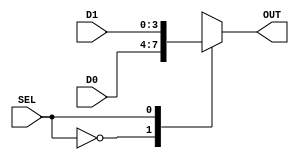
/*------------------------------------------------------------------------
 * Arquivo   : mux2x1_n.v
 * Projeto   : Jogo do Desafio da Memoria
 *------------------------------------------------------------------------
 * Descricao : multiplexador 2x1 com entradas de n bits (parametrizado) 
 * 
 * adaptado a partir do codigo my_4t1_mux.vhd do livro "Free Range VHDL"
 * 
 * exemplo de uso: ver testbench mux2x1_n_tb.v
 *------------------------------------------------------------------------
 * Revisoes  :
 *     Data        Versao  Autor             Descricao
 *     15/02/2024  1.0     Edson Midorikawa  criacao
 *------------------------------------------------------------------------
 */

module mux2x1_n #(
    parameter BITS = 4
) (
    input      [BITS-1:0] D0,
    input      [BITS-1:0] D1,
    input                 SEL,
    output reg [BITS-1:0] OUT
);

always @(*) begin
    case (SEL)
        1'b0:    OUT = D0;
        1'b1:    OUT = D1;
        default: OUT = {BITS{1'b1}}; // todos os bits em 1
    endcase
end

endmodule